Leaving Certificate Examination, 1910
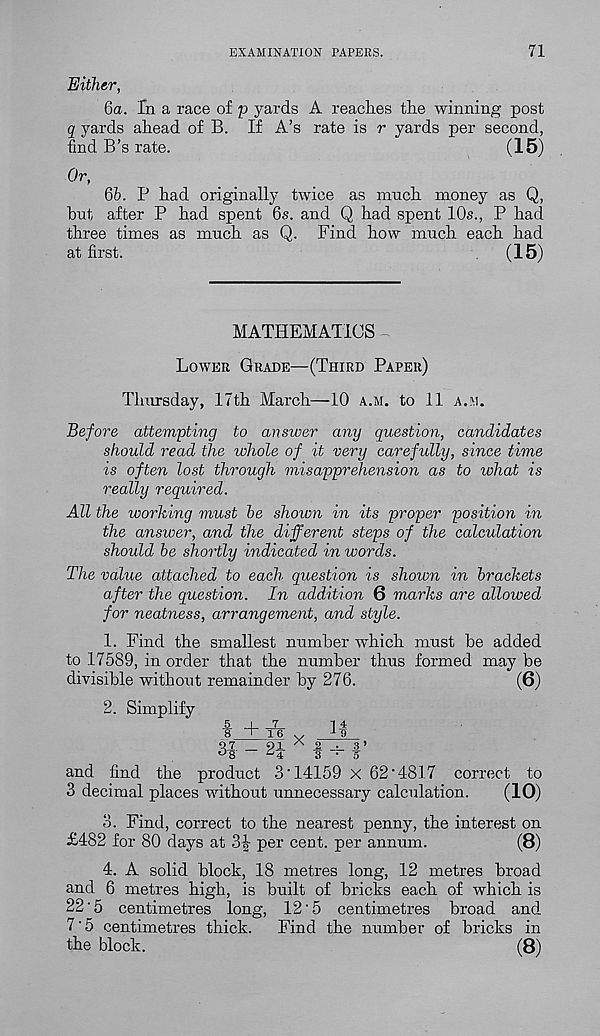
EXAMINATION PAPERS.
71
Either,
ба. In a race of p yards A reaches the winning post
q yards ahead of B. If A’s rate is r yards per second,
find B’s rate.
(15)
Or,
бб. P had originally twice as much money as Q,
hut after P had spent 6s. and Q had spent 10s., P had
three times as much as Q. Find how much each had
at first.
(15)
MATHEMATICS
Lower Grade—(Third Paper)
Thursday, 17th March—10 a.m. to 11 a.m.
Before attempting to answer any question, candidates
should read the whole of it very carefully, since time
is often lost through misapprehension as to what is
really required.
All the working must he shown in its proper position in
the answer, and the different steps of the calculation
shoidd he shortly indicated in words.
The value attached to each question is shown in brackets
after the question. In addition 6 marks are allowed
for neatness, arrangement, and style.
1. Find the smallest number which must be added
to 17589, in order that the number thus formed may be
divisible without remainder by 276.
(6)
2. Simplify
5 I 7
14
¥ ' T6 v
a 9
0 7
9i A 2. _. 3 ’
°8
^4
3 • A
and find the product 3‘14159 x 62‘4817 correct to
3 decimal places without unnecessary calculation.
(10)
3. Find, correct to the nearest penny, the interest on
£482 for 80 days at 34 per cent, per annum.
(8)
4. A solid block, 18 metres long, 12 metres broad
and 6 metres high, is built of bricks each of which is
22‘5 centimetres long, 12‘5 centimetres broad and
7‘5 centimetres thick.
Find the number of bricks in
the block.
(8)